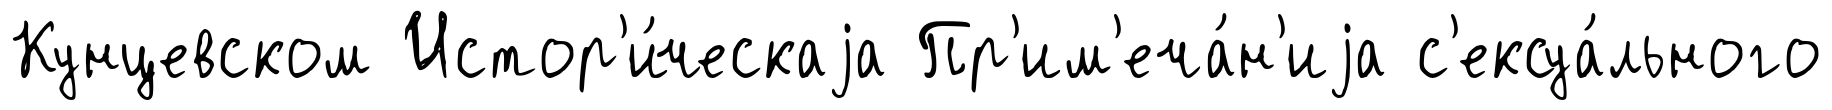
Кунцевском Истор'и́ческаjа Пр'им'еча́н'иjа с'ексуа́льного